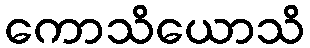
ကောသိယောသိ